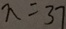
n = 3 7